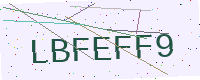
Text: LBFEFF9